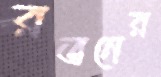
রতনের